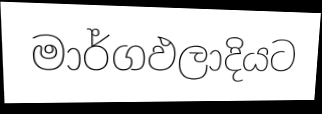
මාර්ගඵලාදියට